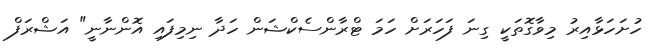
ހުށަހަޅާއިރު މިވާގޮތަކީ ގިނަ ފަހަރަށް ހަމަ ޓްރާންސެކްޝަން ހަދާ ނިމިފައި އޮންނާނީ" އަޝްރަފް